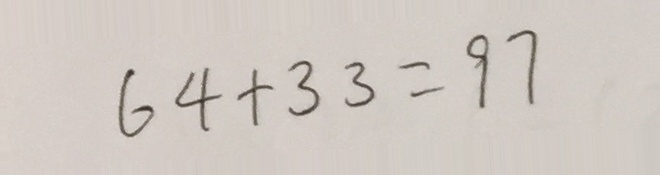
6 4 + 3 3 = 9 7